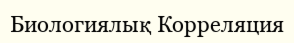
Биологиялық Корреляция